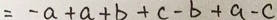
= - a + a + b + c - b + a - c